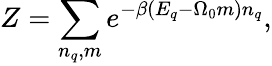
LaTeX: Z=\sum_{n_{q},m}e^{-\beta(E_{q}-\Omega_{0}m)n_{q}},